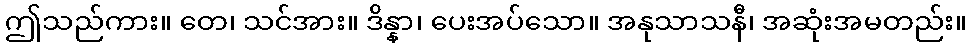
ဤသည်ကား။ တေ၊ သင်အား။ ဒိန္နာ၊ ပေးအပ်သော။ အနုသာသနီ၊ အဆုံးအမတည်း။